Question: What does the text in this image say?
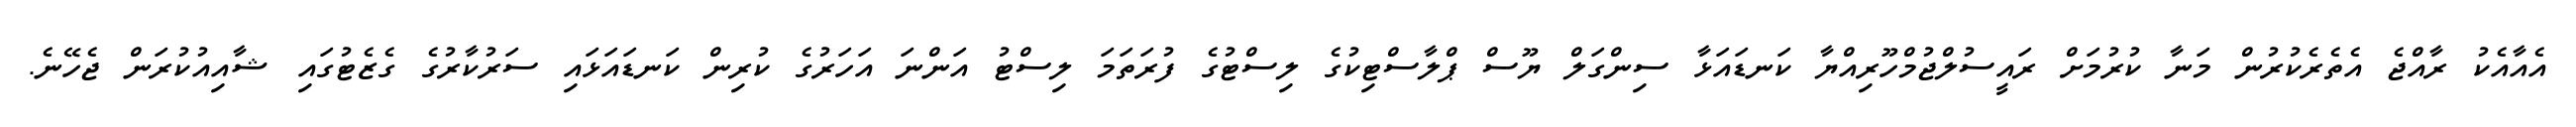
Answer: އެއާއެކު ރާއްޖެ އެތެރެކުރުން މަނާ ކުރުމަށް ރައީސުލްޖުމްހޫރިއްޔާ ކަނޑައަޅާ ސިންގަލް ޔޫސް ޕްލާސްޓިކުގެ ލިސްޓުގެ ފުރަތަމަ ލިސްޓު އަންނަ އަހަރުގެ ކުރިން ކަނޑައަޅައި ސަރުކާރުގެ ގެޒެޓުގައި ޝާއިއުކުރަން ޖެހޭނެ.